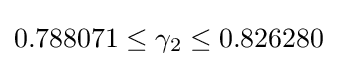
0.788071\leq \gamma _{2}\leq 0.826280